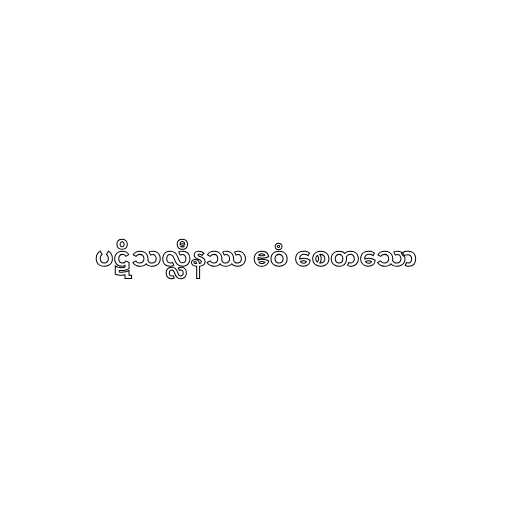
ပဋိသလ္လီနဿ ဧဝံ စေတသော